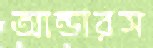
আন্ডারস